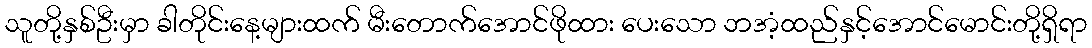
သူတို့နှစ်ဦးမှာ ခါတိုင်းနေ့များထက် မီးတောက်အောင်ဖိုထား ပေးသော ဘအံ့ထည်နှင့်အောင်မောင်းတို့ရှိရာ